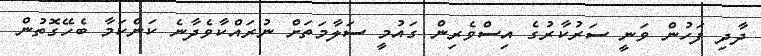
ދާދި ފަހުން ވަނީ ސަރުކާރުގެ އިސްވެރިން ގައުމީ ސަލާމަތަށް ނުރައްކާވެދާނެ ކަންކަމާ ބެހޭގޮތުން